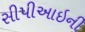
સીપીઆઇની